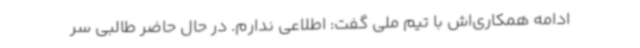
ادامه همکاری‌اش با تیم ملی گفت: اطلاعی ندارم. در حال حاضر طالبی سر